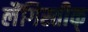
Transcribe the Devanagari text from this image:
लैंगिस्तीक्